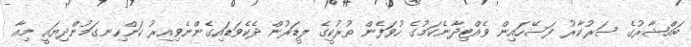
ބައްޝާރުގެ ސަރުކާރު ފަސޭހައިން ވެއްޓިދާނެކަމުގެ ހުވަފެން ތުރުކީގެ ލީޑަރުން ދެކެވަޑައިގެންނެވިއިރު ކަންހިނގަމުންދިޔައީ މިއާ